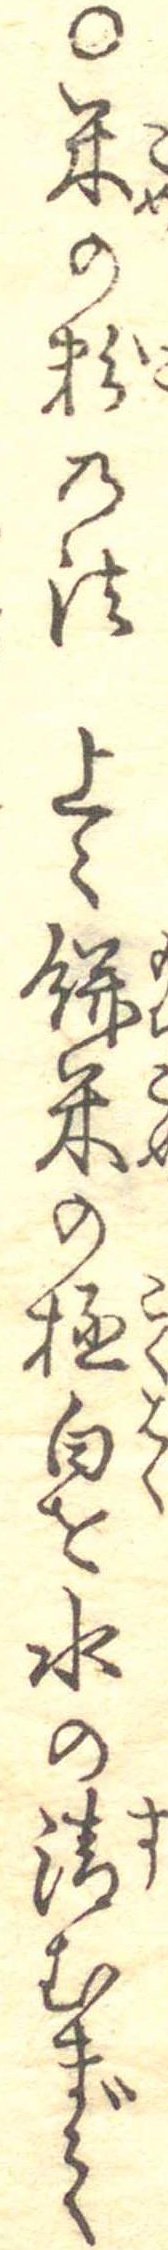
○米の粉の法上々餅米の極白を水の清むまで